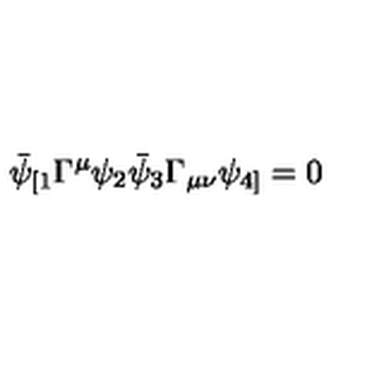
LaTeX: \bar { \psi } _ { [ 1 } \Gamma ^ { \mu } \psi _ { 2 } \bar { \psi } _ { 3 } \Gamma _ { \mu \nu } \psi _ { 4 ] } = 0